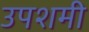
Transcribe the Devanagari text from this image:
उपशमी